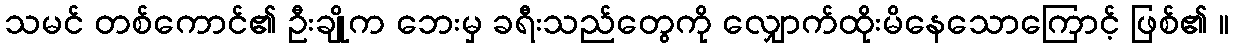
သမင် တစ်ကောင်၏ ဦးချိုက ဘေးမှ ခရီးသည်တွေကို လျှောက်ထိုးမိနေသောကြောင့် ဖြစ်၏ ။